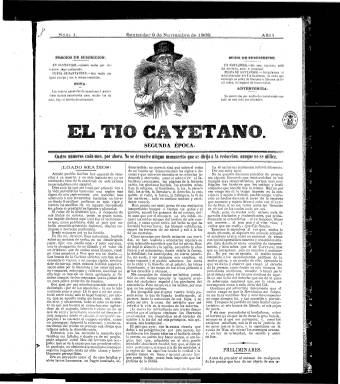
Título: El Tío Cayetano
Colección: Revistas satíricas y humorísticas || Periódicos
Ámbito geográfico: Cantabria
Lugar de publicación: Santander
Fechas: 09/11/1868-20/06/1869

Semanario satírico-político famoso en la literatura cántabra por estar ligado estrechamente al escritor José María Pereda (1833-1906), tal como reseña Antonio del Campo Echeverría. Tuvo una primera época en la que editó quince números, desde el cinco de diciembre de 1858 al seis de marzo de 1859. Reaparece tras el triunfo de la Gloriosa para atacar su espíritu democrático desde las ideas carlistas favorables a una monarquía tradicional unida al altar que profesaba tanto el novelista montañés como el grupo de escritores que lo habían cofundado y que también escribieron en sus páginas. Entre estos se encontraba el cirujano Juan Pelayo, tío de Marcelino Menéndez Pelayo, así como Sinforoso Quintanilla y Fernando Fernández de Velasco.

En números de cuatro páginas y compuesto a tres columnas y de gran tamaño (formato magazín), aparece en su segunda época el nueve de noviembre de 1868, con un grabado en su cabecera que representa a El Tío Cayetano, como se conocía a un mendigo popular santanderino. Además de los diferentes artículos, cuenta con secciones, como “Espíritu de la prensa”, especie de revista de periódicos, que después varió a “Espíritu de las Cortes”, sobre los diferentes asuntos que trataron las constituyentes de 1869, el primer texto constitucional democrático de la historia española. También insertaba fábulas y poesías, y la sección “Menudencias” estuvo principalmente bajo la pluma de Quintanilla.

Aparecía los domingos, aunque al final sufrió alguna irregularidad en su aparición. Otros colaboradores fueron Juan J. de la Lastra, Adolfo de la Fuente, Máximo Quijano y el jurisconsulto y catedrático de Economía Juan Manuel de Mazarrasa. Se considera esta revista como la primera empresa periodística de Pereda y muchos de los artículos publicados en sus páginas serían después incluidos en sus antologías.

Según José Simón Cabarga, su estilo era panfletario, y a juicio de José María de Cossío, es una especie de “Padre Cobos”, en referencia al periódico satírico madrileño de carácter ultracatólico del bienio progresista (1856-1858). La colección de la Biblioteca Nacional corresponde a la segunda época de este título, que acaba en el número 31, correspondiente al 20 de junio de 1869. Se conoce la existencia de un último número, de sólo una hoja, de cuatro de julio del mismo año.